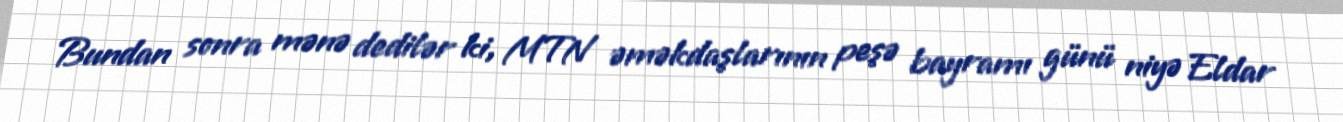
Bundan sonra mənə dedilər ki, MTN əməkdaşlarının peşə bayramı günü niyə Eldar